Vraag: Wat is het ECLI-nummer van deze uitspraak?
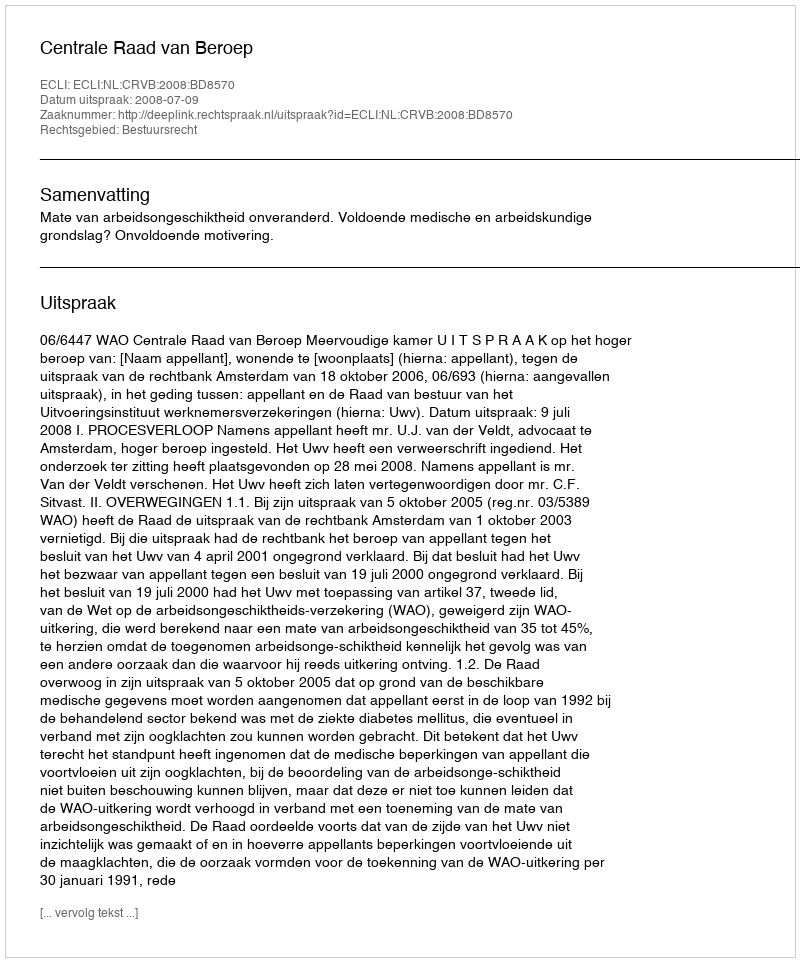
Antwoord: ECLI:NL:CRVB:2008:BD8570